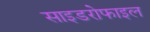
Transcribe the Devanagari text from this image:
साइडरोफाइल